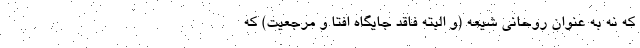
که نه به عنوان روحانی شیعه (و البته فاقد جایگاه افتا و مرجعیت) که